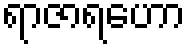
ရာဇာရဟော